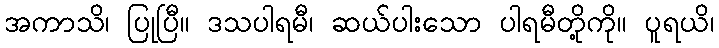
အကာသိ၊ ပြုပြီ။ ဒသပါရမီ၊ ဆယ်ပါးသော ပါရမီတို့ကို။ ပူရယိ၊